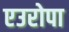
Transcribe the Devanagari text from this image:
एउरोपा